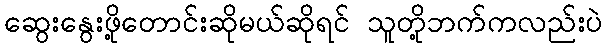
ဆွေးနွေးဖို့တောင်းဆိုမယ်ဆိုရင် သူတို့ဘက်ကလည်းပဲ